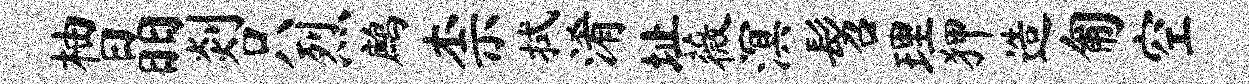
柚晶剡只烈鹧柰拭淆址薇溟髫理狎造匍空